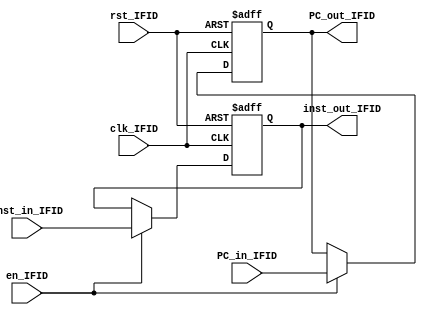
module IF_reg_ID(clk_IFID, rst_IFID, en_IFID, PC_in_IFID, 
  inst_in_IFID, PC_out_IFID, inst_out_IFID);
  input wire clk_IFID;
  input wire rst_IFID;
  input wire en_IFID;
  input wire [31:0]PC_in_IFID;
  input wire [31:0]inst_in_IFID;
  output reg [31:0]PC_out_IFID;
  output reg [31:0]inst_out_IFID;

  always @(negedge clk_IFID or posedge rst_IFID) begin
    if(rst_IFID) begin
      PC_out_IFID <= 32'b0;
      inst_out_IFID <= 32'b0;
    end else if(en_IFID) begin
      PC_out_IFID <= PC_in_IFID;
      inst_out_IFID <= inst_in_IFID;
    end    
  end
endmodule